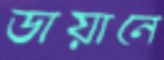
ডায়ানে